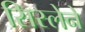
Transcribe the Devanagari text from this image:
सिस्लेने